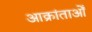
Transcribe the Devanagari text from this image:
आक्रांताओँ